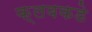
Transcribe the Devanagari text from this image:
क्लबकडे